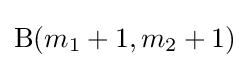
\mathrm {B} (m_{1}+1,m_{2}+1)